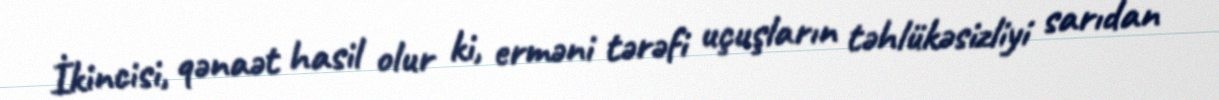
İkincisi, qənaət hasil olur ki, erməni tərəfi uçuşların təhlükəsizliyi sarıdan